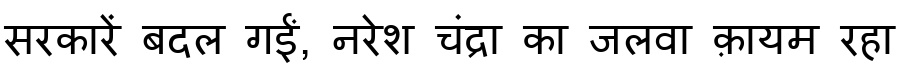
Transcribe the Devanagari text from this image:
सरकारें बदल गईं, नरेश चंद्रा का जलवा क़ायम रहा